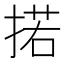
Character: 掿